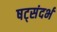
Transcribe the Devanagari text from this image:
षट्संदर्भ